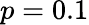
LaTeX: p=0.1